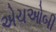
એચઓબી